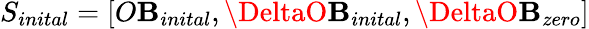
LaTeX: S_{inital}=[O\mathbf{B}_{inital},\DeltaO\mathbf{B}_{inital},\DeltaO\mathbf{B}_{zero}]